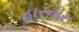
હારનાર